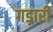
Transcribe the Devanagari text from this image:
गड़ारी